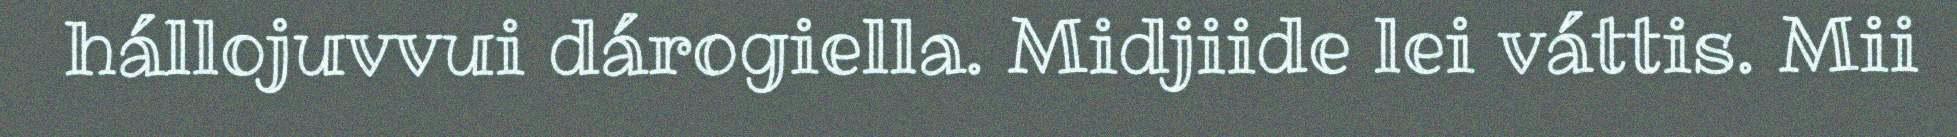
hállojuvvui dárogiella. Midjiide lei váttis. Mii